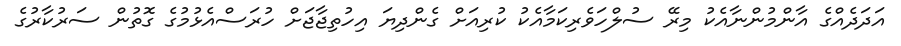
އަދަދެއްގެ އާންމުންނާއެކު މިރޭ ސުލްހަވެރިކަމާއެކު ކުރިއަށް ގެންދިޔަ އިހުތިޖާޖަށް ހުރަސްއެޅުމުގެ ގޮތުން ސަރުކާރުގެ